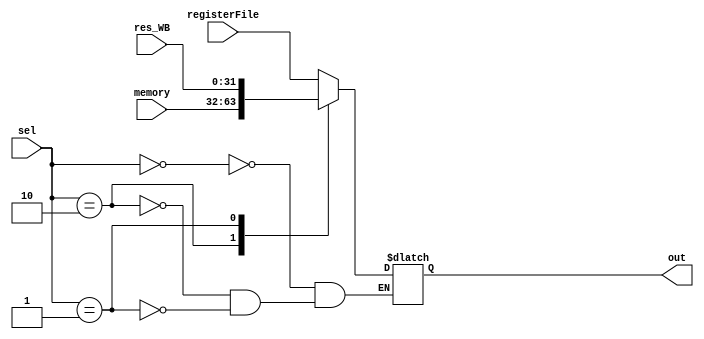
`timescale 1ns / 1ps



module mux3_1(input [31:0] registerFile, res_WB, memory,
              input[1:0] sel,
              output reg [31:0] out);
              
always@(*) begin
    case(sel)
    2'b00: out <= registerFile;
    2'b10: out <= memory;
    2'b01: out <= res_WB;
    endcase
end              
              
endmodule